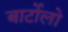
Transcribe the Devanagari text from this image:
बार्टोलो